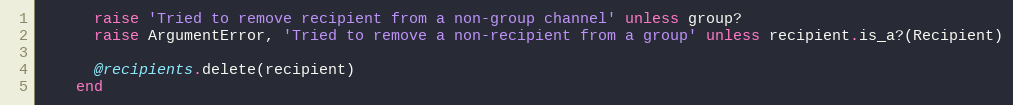
Language: Ruby
      raise 'Tried to remove recipient from a non-group channel' unless group?
      raise ArgumentError, 'Tried to remove a non-recipient from a group' unless recipient.is_a?(Recipient)

      @recipients.delete(recipient)
    end